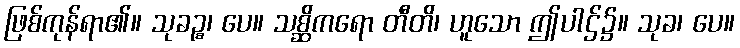
ဖြစ်ကုန်ရာ၏။ သုခဉ္စ၊ ပေ။ သစ္ဆိကရော တီတိ၊ ဟူသော ဤပါဌ်၌။ သုခ၊ ပေ။